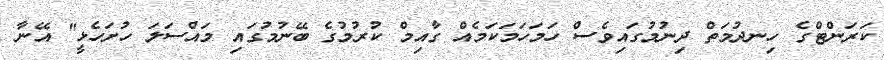
ކަރަންޓްގެ ހިނދުމަތް ދިނުމުގައިވެސް ހަމަހަމަކަމެއް ގާއިމް ކުރުމުގެ ބޭނުމުގައި މައްސަލަ ހުށަހެޅީ" އޭނާ